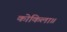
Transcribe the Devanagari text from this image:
कोकिला॥